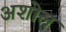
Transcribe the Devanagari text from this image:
अशोल